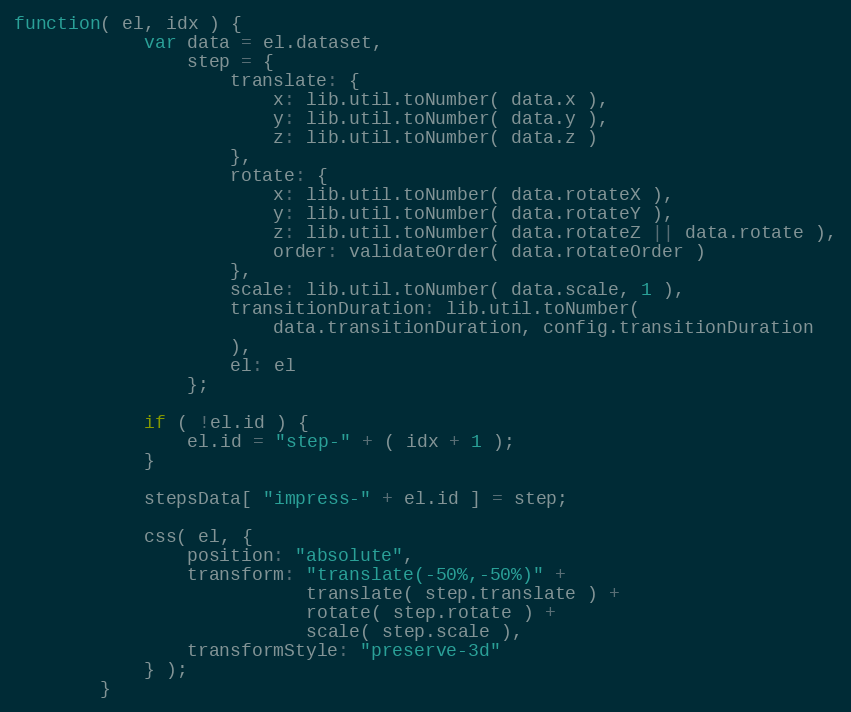
Language: JavaScript
function( el, idx ) {
            var data = el.dataset,
                step = {
                    translate: {
                        x: lib.util.toNumber( data.x ),
                        y: lib.util.toNumber( data.y ),
                        z: lib.util.toNumber( data.z )
                    },
                    rotate: {
                        x: lib.util.toNumber( data.rotateX ),
                        y: lib.util.toNumber( data.rotateY ),
                        z: lib.util.toNumber( data.rotateZ || data.rotate ),
                        order: validateOrder( data.rotateOrder )
                    },
                    scale: lib.util.toNumber( data.scale, 1 ),
                    transitionDuration: lib.util.toNumber(
                        data.transitionDuration, config.transitionDuration
                    ),
                    el: el
                };

            if ( !el.id ) {
                el.id = "step-" + ( idx + 1 );
            }

            stepsData[ "impress-" + el.id ] = step;

            css( el, {
                position: "absolute",
                transform: "translate(-50%,-50%)" +
                           translate( step.translate ) +
                           rotate( step.rotate ) +
                           scale( step.scale ),
                transformStyle: "preserve-3d"
            } );
        }